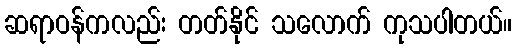
ဆရာဝန်ကလည်း တတ်နိုင် သလောက် ကုသပါတယ်။